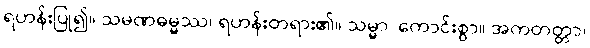
ရဟန်းပြု၍။ သမဏဓမ္မဿ၊ ရဟန်းတရား၏။ သမ္မာ၊ ကောင်းစွာ။ အကတတ္တာ၊